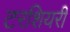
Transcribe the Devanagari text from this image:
टरशियरी